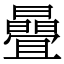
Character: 曡